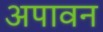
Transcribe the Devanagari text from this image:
अपावन